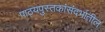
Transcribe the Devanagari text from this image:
पाठ्यपुस्तकांसंदर्भातील